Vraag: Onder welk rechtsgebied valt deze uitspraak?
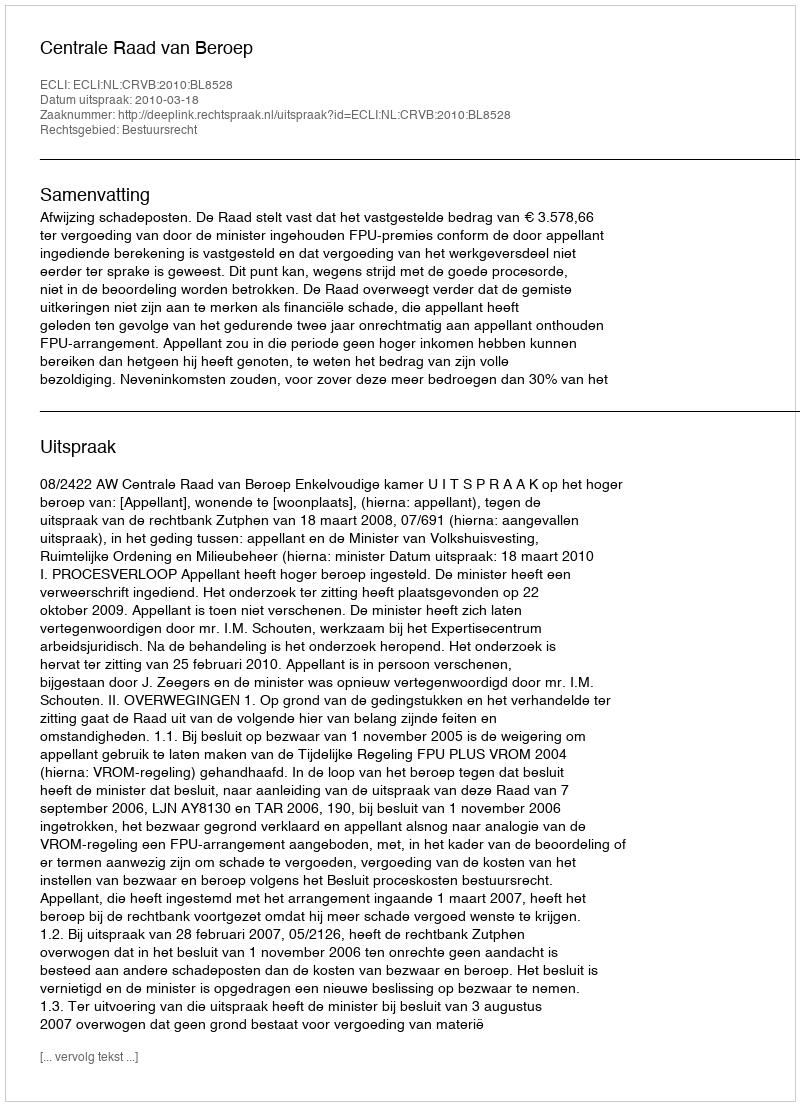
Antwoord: Bestuursrecht